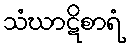
သံဃာဋိစာရံ